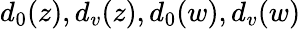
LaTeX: {d_{0}(z),d_{v}(z),d_{0}(w),d_{v}(w)}